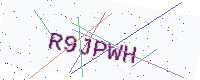
Text: R9JPWH